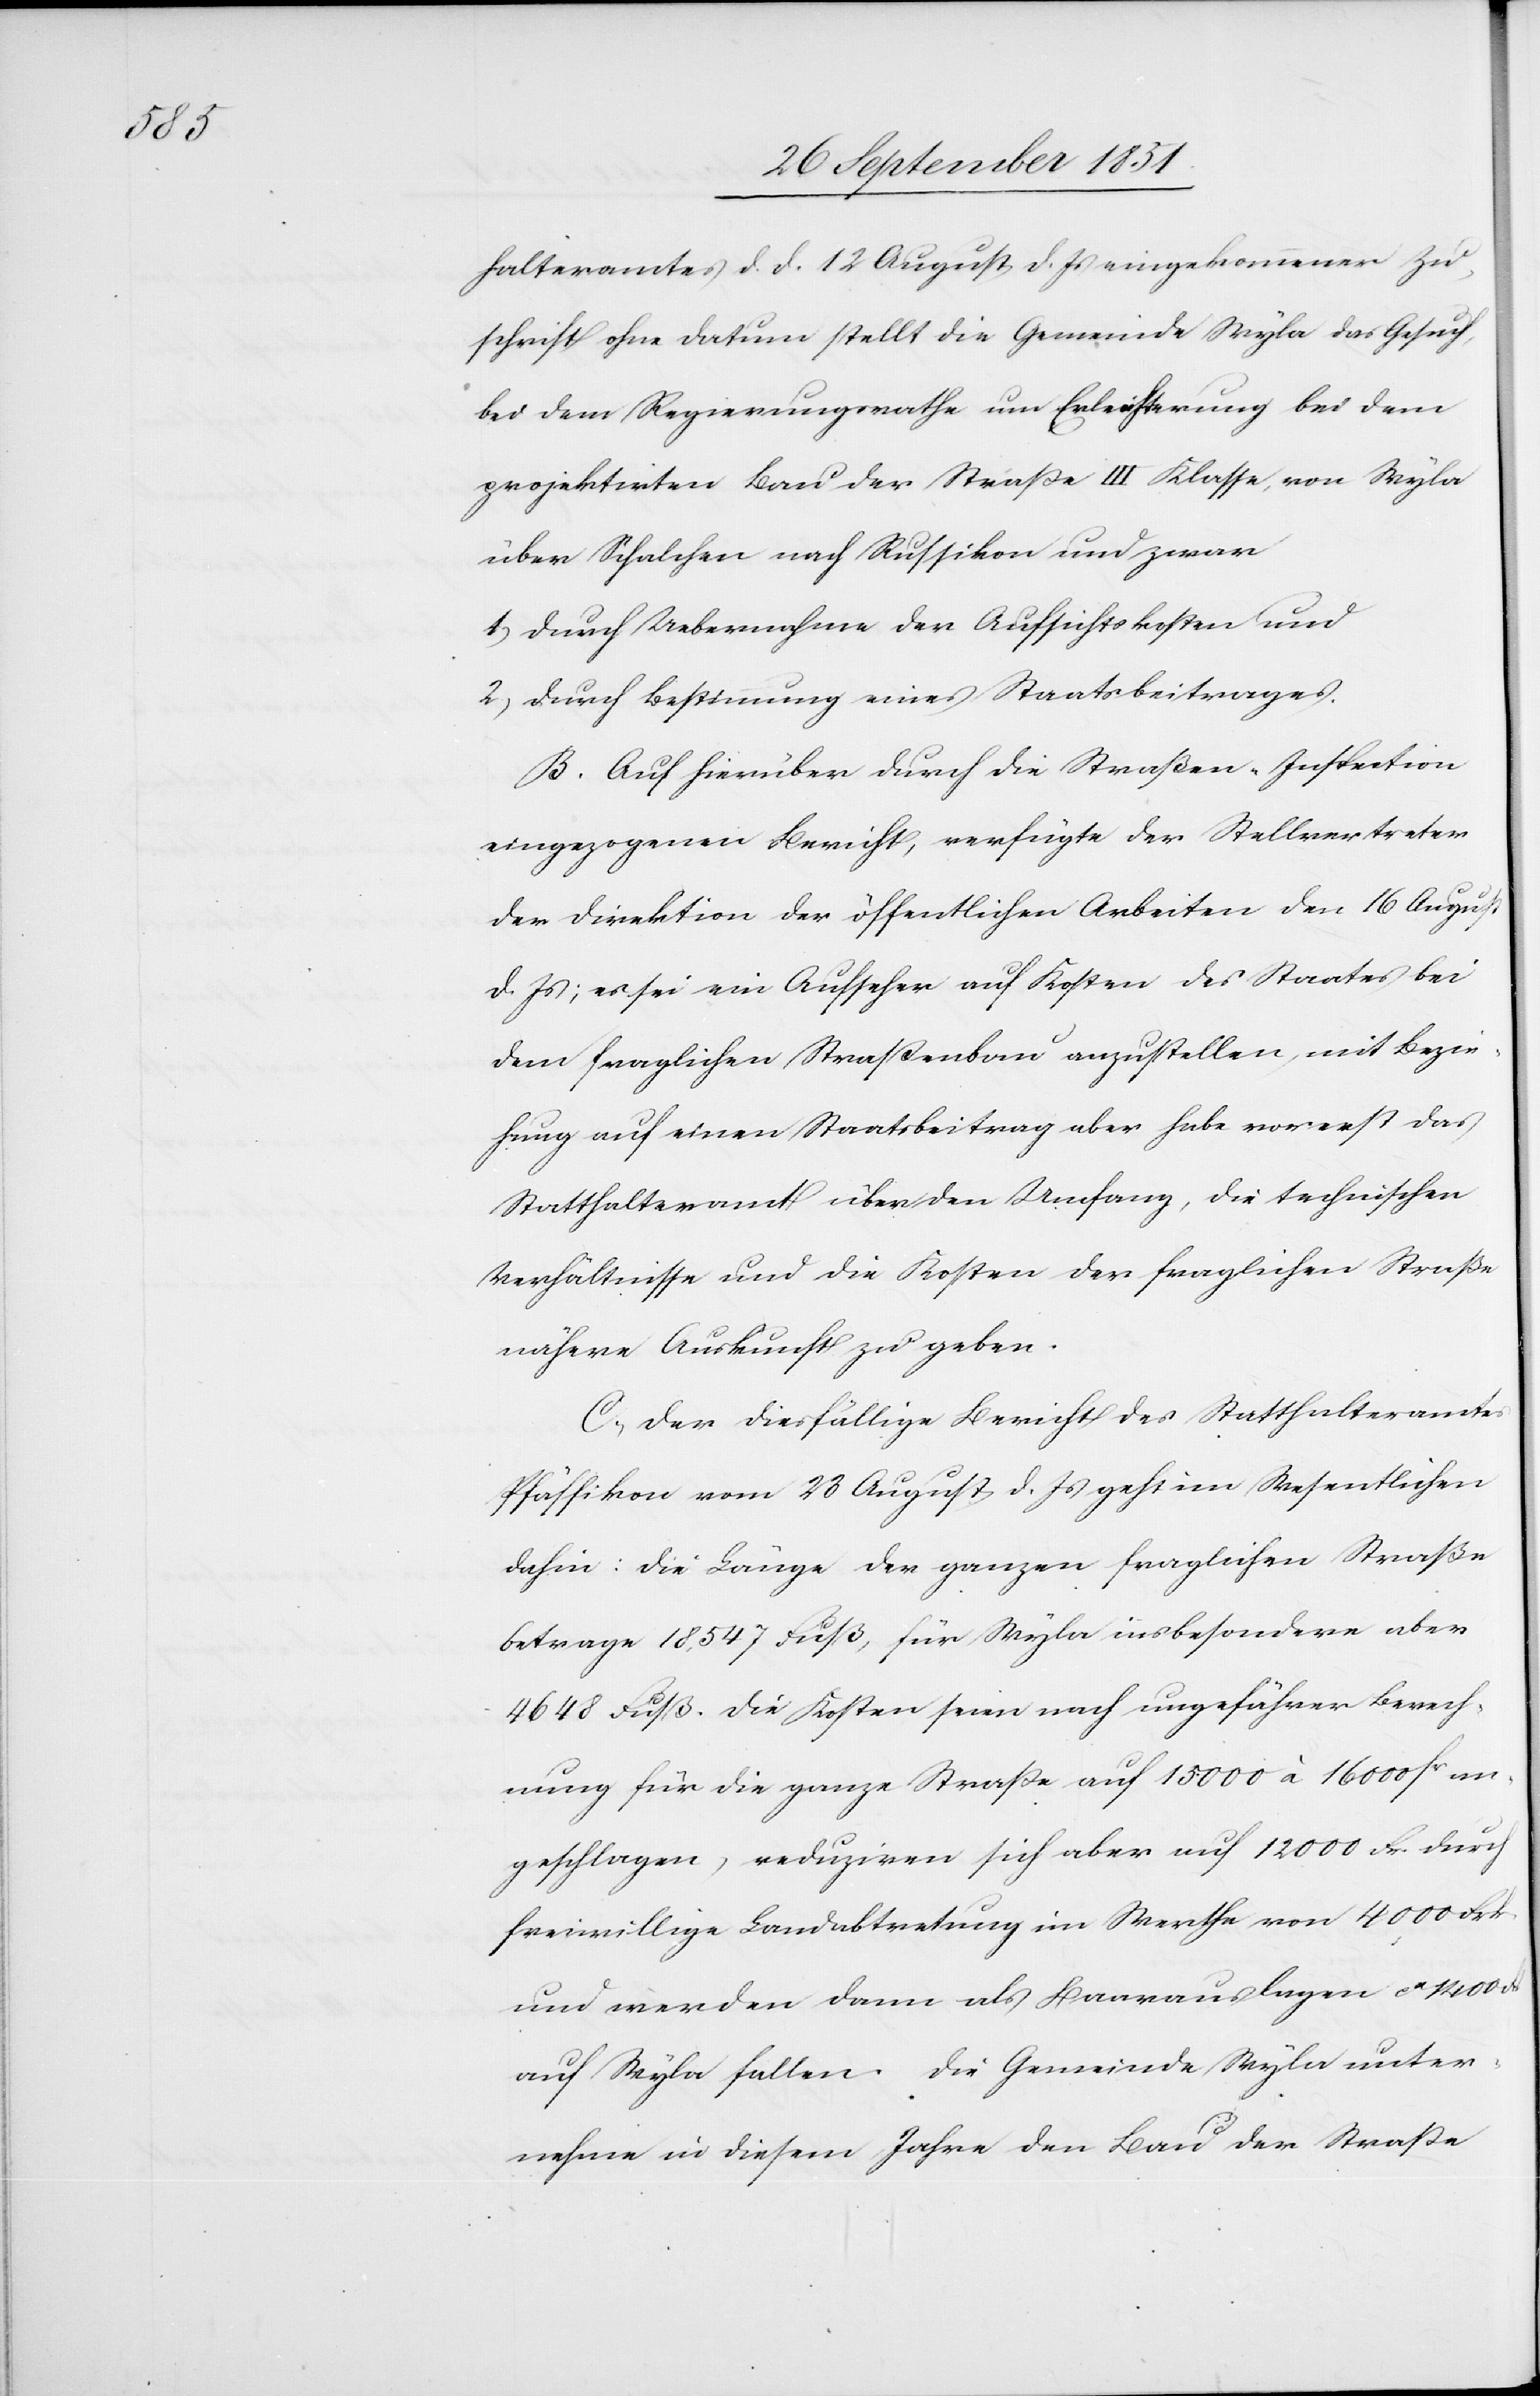
halteramtes d. d. 12 August d. Js eingekommener Zu¬
schrift ohne Datum stellt die Gemeinde Wyla das Gesuch,
bei dem Regierungsrathe um Erleichterung bei dem
projektirten Bau der Straße III Klasse, von Wyla
über Schalchen nach Russikon und zwar
1) durch Uebernahme der Aufsichtskosten und
2) durch Bestimmung eines Staatsbeitrages.
B. Auf hierüber durch die Straßen-Inspection
eingezogenen Bericht, verfügte der Stellvertreter
der Direktion der öffentlichen Arbeiten den 16 August
d. Js; es sei ein Aufseher auf Kosten des Staates bei
dem fraglichen Straßenbau anzustellen, mit Bezie¬
hung auf einen Staatsbeitrag aber habe vorerst das
Statthalteramt über den Umfang, die technischen
Verhältnisse und die Kosten der fraglichen Straße
nähere Auskunft zu geben.
C) Der diesfällige Bericht des Statthalteramtes
Pfäffikon vom 23 August d. Js geht im Wesentlichen
dahin: Die Länge der ganzen fraglichen Straße
betrage 18,547 Fuß, für Wyla insbesondere aber
4648 Fuß. Die Kosten seien nach ungefährer Berech¬
nung für die ganze Straße auf 15 000 à 16 000 fr. an¬
geschlagen, reduziren sich aber auf 12 000 Fr. durch
freiwillige Landabtretung im Werthe von 4000 Frk.
und werden dann als Baarauslagen ca. 1400 Frk
auf Wyla fallen. Die Gemeinde Wyla unter¬
nehme in diesem Jahre den Bau der Straße